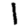
Digit: 1